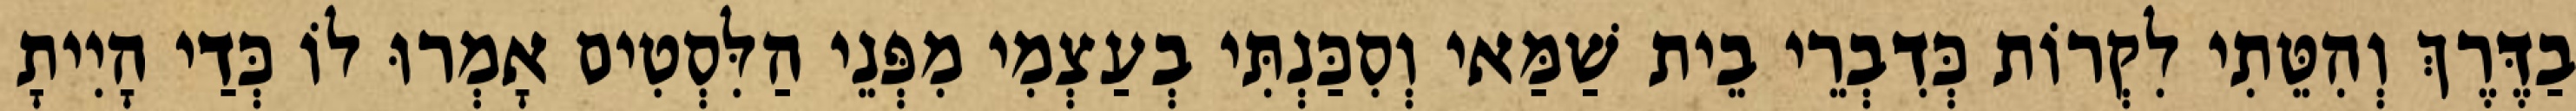
בַדֶּרֶךְ וְהִטֵּתִי לִקְרוֹת כְּדִבְרֵי בֵית שַׁמַּאי וְסִכַּנְתִּי בְעַצְמִי מִפְּנֵי הַלִּסְטִים אָמְרוּ לוֹ כְּדַי הָיִיתָ